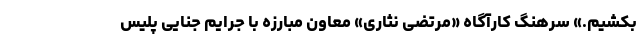
بکشیم.» سرهنگ کارآگاه «مرتضی نثاری» معاون مبارزه با جرایم جنایی پلیس